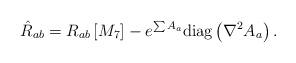
LaTeX: \begin{align*}{\hat{R}_{ab}=R_{ab}\left[M_7\right]-e^{\sum A_a}\textrm{diag}\left(\nabla^2 A_a\right).}\end{align*}